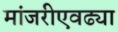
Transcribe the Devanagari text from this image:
मांजरीएवढ्या